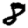
Digit: 8